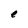
Character: e